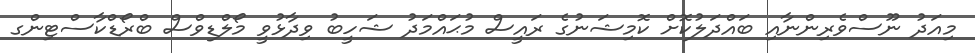
މިއަދު ނޫސްވެރިންނާއި ބައްދަލުކޮށް ކޮމިޝަނުގެ ރައީސް މުޙައްމަދު ޝަހީބު ވިދާޅުވީ މޯލްޑިވްސް ބްރޯޑްކާސްޓިންގ